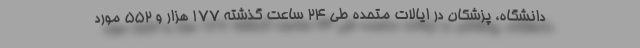
دانشگاه، پزشکان در ایالات متحده طی 24 ساعت گذشته 177 هزار و 552 مورد